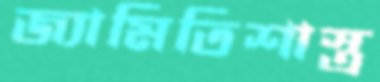
জ্যামিতিশাস্ত্র